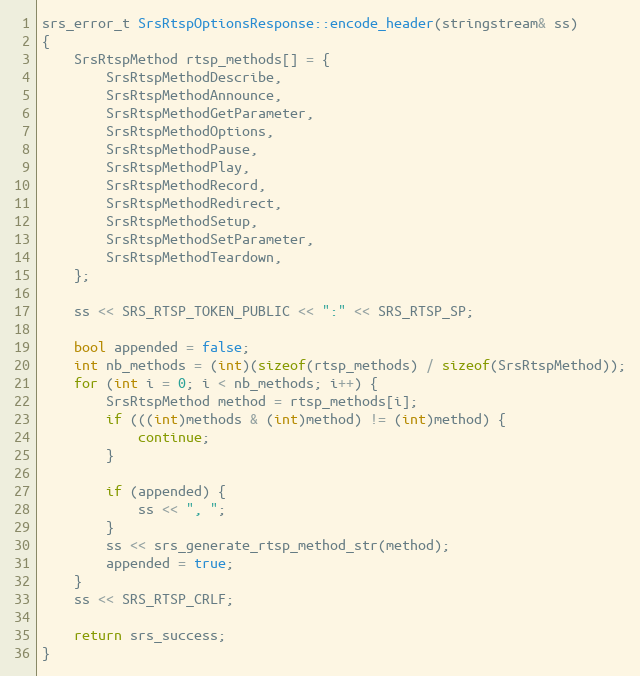
Language: C++
srs_error_t SrsRtspOptionsResponse::encode_header(stringstream& ss)
{
    SrsRtspMethod rtsp_methods[] = {
        SrsRtspMethodDescribe,
        SrsRtspMethodAnnounce,
        SrsRtspMethodGetParameter,
        SrsRtspMethodOptions,
        SrsRtspMethodPause,
        SrsRtspMethodPlay,
        SrsRtspMethodRecord,
        SrsRtspMethodRedirect,
        SrsRtspMethodSetup,
        SrsRtspMethodSetParameter,
        SrsRtspMethodTeardown,
    };

    ss << SRS_RTSP_TOKEN_PUBLIC << ":" << SRS_RTSP_SP;

    bool appended = false;
    int nb_methods = (int)(sizeof(rtsp_methods) / sizeof(SrsRtspMethod));
    for (int i = 0; i < nb_methods; i++) {
        SrsRtspMethod method = rtsp_methods[i];
        if (((int)methods & (int)method) != (int)method) {
            continue;
        }

        if (appended) {
            ss << ", ";
        }
        ss << srs_generate_rtsp_method_str(method);
        appended = true;
    }
    ss << SRS_RTSP_CRLF;

    return srs_success;
}